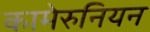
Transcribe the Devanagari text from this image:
कामेरुनियन